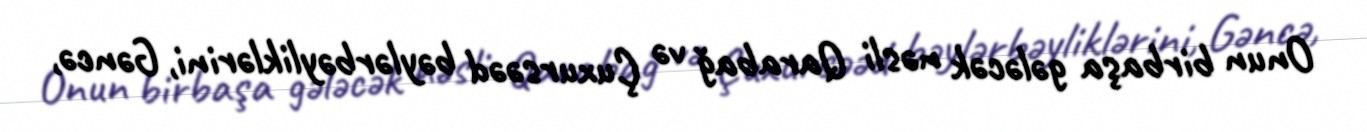
Onun birbaşa gələcək nəsli Qarabağ və Çuxursəəd bəylərbəyliklərini, Gəncə,